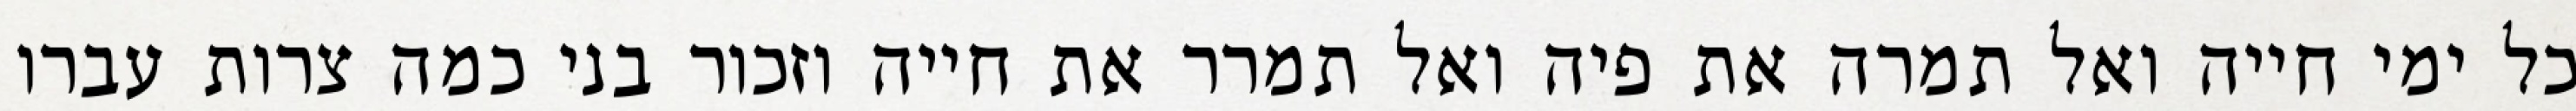
כל ימי חייה ואל תמרה את פיה ואל תמרר את חייה וזכור בני כמה צרות עברו